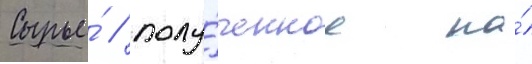
Сырье́ / полу́ченное на́